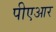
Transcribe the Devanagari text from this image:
पीएआर